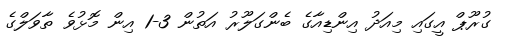
ގުރޫޕް އީގައި މިއަދު އިންޑިއާގެ ބެންގަލޫރު އަތުން 3-1 އިން މޮޅުވެ ތާވަލްގެ